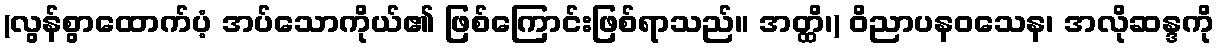
(လွန်စွာထောက်ပံ့ အပ်သောကိုယ်၏ ဖြစ်ကြောင်းဖြစ်ရာသည်။ အတ္ထိ၊) ဝိညာပနဝသေန၊ အလိုဆန္ဒကို